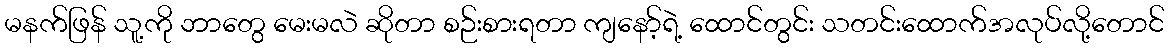
မနက်ဖြန် သူ့ကို ဘာတွေ မေးမလဲ ဆိုတာ စဉ်းစားရတာ ကျနော့်ရဲ့ ထောင်တွင်း သတင်းထောက်အလုပ်လို့တောင်